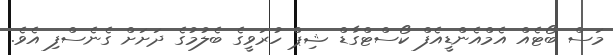
މަސް ބޯޓެއް އެމްއެންޑީއެފް ކޯސްޓްގާޑް ޝިޕް ހުރަވީގެ ބެލުމުގެ ދަށަށް ގެނެސްފި އެވެ.